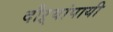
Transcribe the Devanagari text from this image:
दौऱ्यांपायी